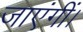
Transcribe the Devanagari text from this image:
जाएंगीं।